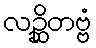
လဉ္ဆိတဗ္ဗံ